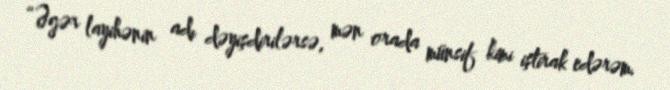
“Əgər layihənin adı dəyişdirilərsə, mən orada münsif kimi iştirak edərəm.